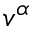
v ^ { \alpha }